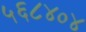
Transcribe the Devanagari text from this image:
५६८४०४